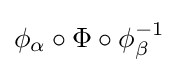
\phi _{\alpha }\circ \Phi \circ \phi _{\beta }^{-1}